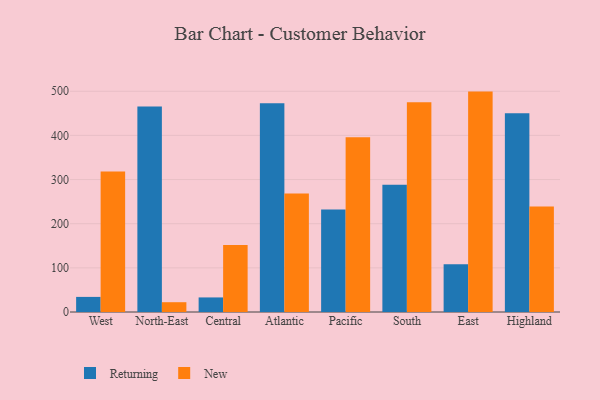
{"axis": {"x": "Region", "y": "Budget (USD K)"}, "legend": ["New", "Returning"], "data": [{"x": "West", "y": 34.2, "type": "Returning"}, {"x": "West", "y": 318.1, "type": "New"}, {"x": "North-East", "y": 465.4, "type": "Returning"}, {"x": "North-East", "y": 22.2, "type": "New"}, {"x": "Central", "y": 33.0, "type": "Returning"}, {"x": "Central", "y": 151.7, "type": "New"}, {"x": "Atlantic", "y": 472.6, "type": "Returning"}, {"x": "Atlantic", "y": 268.2, "type": "New"}, {"x": "Pacific", "y": 231.9, "type": "Returning"}, {"x": "Pacific", "y": 396.0, "type": "New"}, {"x": "South", "y": 288.1, "type": "Returning"}, {"x": "South", "y": 475.2, "type": "New"}, {"x": "East", "y": 108.2, "type": "Returning"}, {"x": "East", "y": 499.2, "type": "New"}, {"x": "Highland", "y": 449.9, "type": "Returning"}, {"x": "Highland", "y": 238.8, "type": "New"}]}